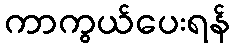
ကာကွယ်ပေးရန်